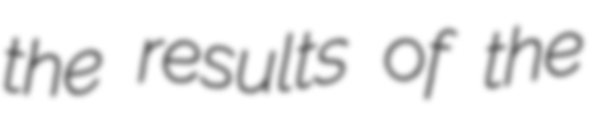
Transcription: the results of the